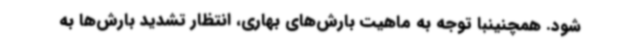
شود. همچنینبا توجه به ماهیت بارش‌های بهاری، انتظار تشدید بارش‌ها به